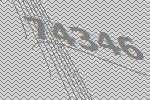
74346